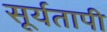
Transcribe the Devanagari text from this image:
सूर्यतापी